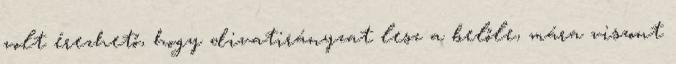
volt érezhető, hogy divatirányzat lesz a belőle, mára viszont